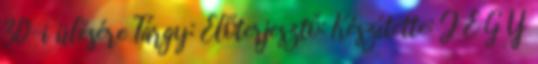
30-i ülésére Tárgy: Előterjesztő: Készítette: J E G Y